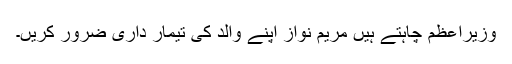
وزیراعظم چاہتے ہیں مریم نواز اپنے والد کی تیمار داری ضرور کریں۔